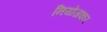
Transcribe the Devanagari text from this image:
नियोजकार